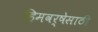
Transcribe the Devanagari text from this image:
हिमवर्षेसाठी